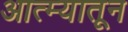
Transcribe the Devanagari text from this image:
आत्म्यातून